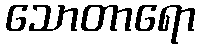
သောတာရော